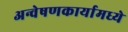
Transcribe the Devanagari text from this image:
अन्वेषणकार्यामध्ये